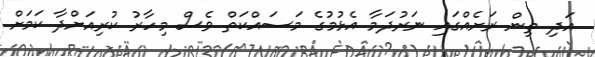
އަދި ތިން ރަށެއްގައި ނަރުދަމާ އެޅުމުގެ މަސައްކަތް ވެސް މިހާރު ކުރިއަށްދާ ކަމަށް